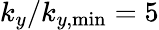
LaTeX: k_{y}/k_{y,\mathrm{min}}=5